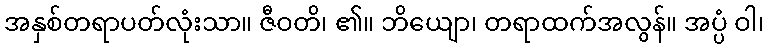
အနှစ်တရာပတ်လုံးသာ။ ဇီဝတိ၊ ၏။ ဘိယျော၊ တရာထက်အလွန်။ အပ္ပံ ဝါ၊